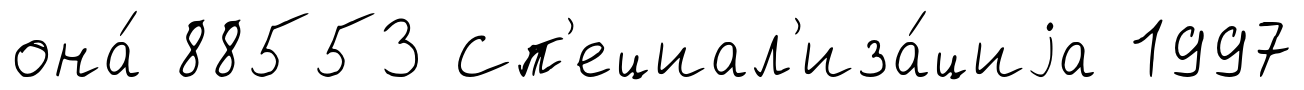
она́ 88553 Сп'ециал'иза́циjа 1997